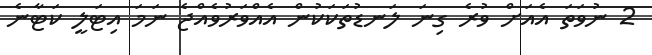
2 ނުވަތަ އެއަށް ވުރެ ގިނަ ލަނޑުތަކަކުން އެއްވަރުވެއްޖެ ނަމަ އިޓަލީ ކަޓާނެ